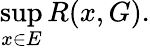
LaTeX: \operatorname*{sup}_{x\in E}R(x,G).